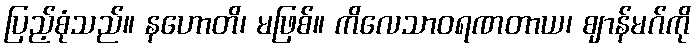
ပြည့်စုံသည်။ နဟောတိ၊ မဖြစ်။ ကိလေသာဝရဏတာယ၊ ဈာန်မဂ်ကို